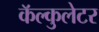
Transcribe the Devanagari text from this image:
कॅल्कुलेटर